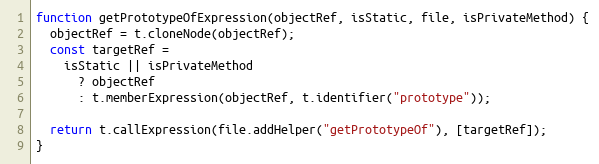
Language: JavaScript
function getPrototypeOfExpression(objectRef, isStatic, file, isPrivateMethod) {
  objectRef = t.cloneNode(objectRef);
  const targetRef =
    isStatic || isPrivateMethod
      ? objectRef
      : t.memberExpression(objectRef, t.identifier("prototype"));

  return t.callExpression(file.addHelper("getPrototypeOf"), [targetRef]);
}